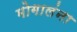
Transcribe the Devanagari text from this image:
मोगालंना